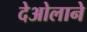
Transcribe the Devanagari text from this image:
देओलाने